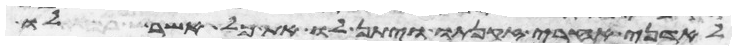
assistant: לאדני אחרי זקנתו ויתן לו את כל אשר לו